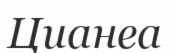
Цианеа